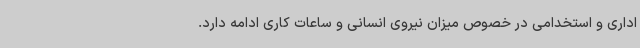
اداری و استخدامی در خصوص میزان نیروی انسانی و ساعات کاری ادامه دارد.